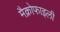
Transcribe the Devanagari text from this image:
मैक्रोफाइली